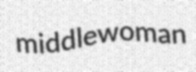
middlewoman